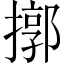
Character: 㨯